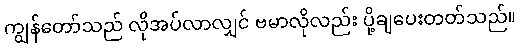
ကျွန်တော်သည် လိုအပ်လာလျှင် ဗမာလိုလည်း ပို့ချပေးတတ်သည်။